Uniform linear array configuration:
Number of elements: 4
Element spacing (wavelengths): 1
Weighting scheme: exponential
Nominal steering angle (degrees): -30
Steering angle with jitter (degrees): -29.767
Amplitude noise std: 0.05
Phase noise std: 0.05

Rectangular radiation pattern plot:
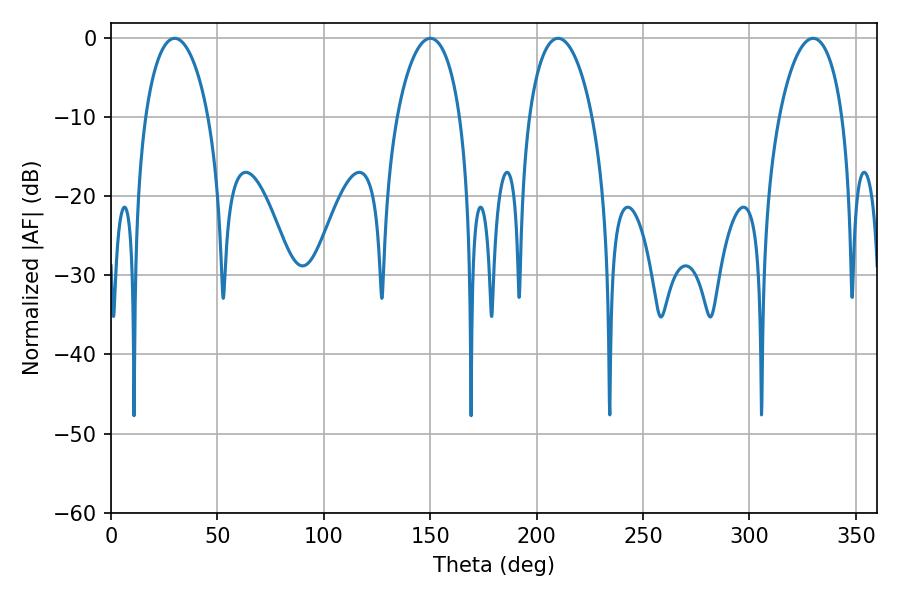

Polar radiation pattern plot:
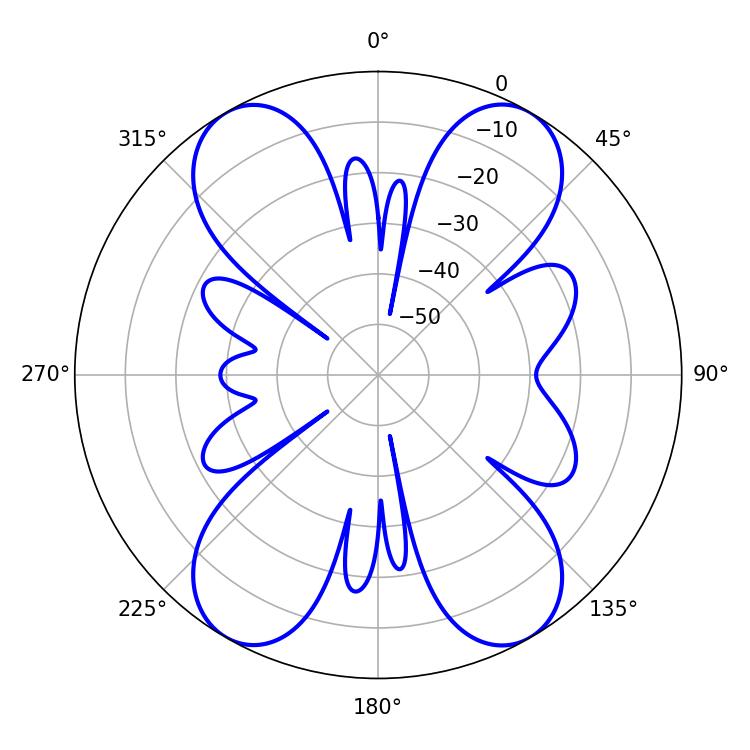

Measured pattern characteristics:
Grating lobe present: TRUE
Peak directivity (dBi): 27.497
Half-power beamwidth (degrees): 16.92
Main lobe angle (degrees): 210.06